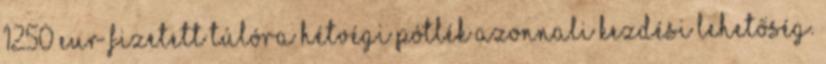
1250 EUR fizetett túlóra hétvégi pótlék Azonnali kezdési lehetőség.